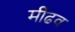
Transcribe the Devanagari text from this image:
मीढव